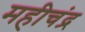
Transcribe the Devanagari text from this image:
महीचंद्र